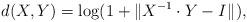
LaTeX: \begin{align*}d(X,Y)=\log(1+\|X^{-1}\cdot Y-I\|_{}),\end{align*}